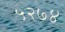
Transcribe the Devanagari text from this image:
५२७४